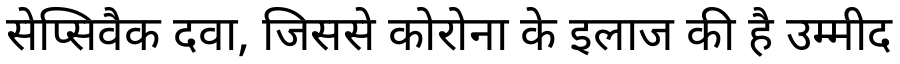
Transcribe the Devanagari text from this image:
सेप्सिवैक दवा, जिससे कोरोना के इलाज की है उम्मीद